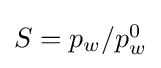
{\textstyle S=p_{w}/p_{w}^{0}}